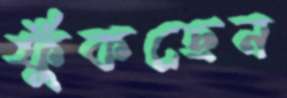
ফুঁকছেন